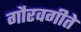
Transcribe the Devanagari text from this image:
गौरवगीते